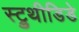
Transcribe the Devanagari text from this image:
स्ट्रुथीडिडे